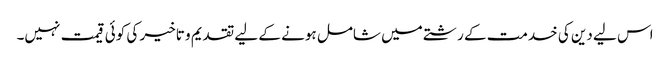
اس لیے دین کی خدمت کے رشتے میں شامل ہونے کے لیے تقدیم و تاخیر کی کوئی قیمت نہیں۔